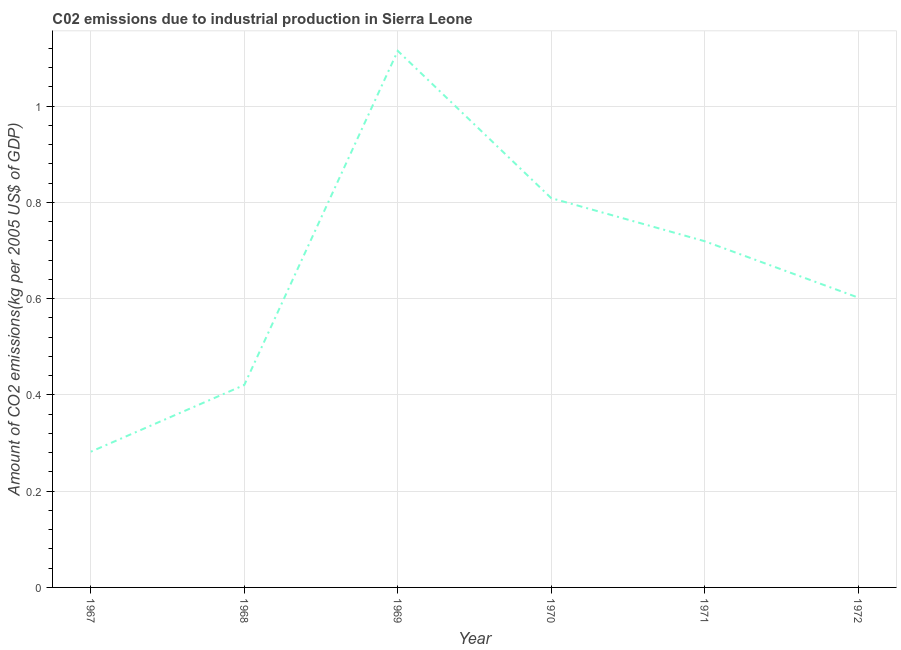
| Year | CO2 emissions  |
 | --- | --- |
 | 1967 | 0.282 |
 | 1968 | 0.421 |
 | 1969 | 1.11 |
 | 1970 | 0.809 |
 | 1971 | 0.719 |
 | 1972 | 0.602 |